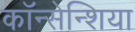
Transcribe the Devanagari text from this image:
कॉन्सेन्शिया